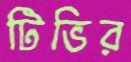
টিভির